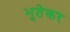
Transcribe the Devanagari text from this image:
भुतेकर